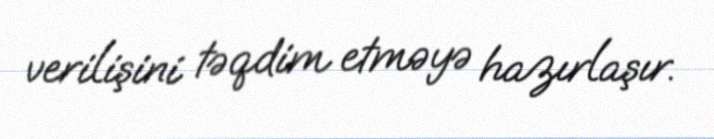
verilişini təqdim etməyə hazırlaşır.